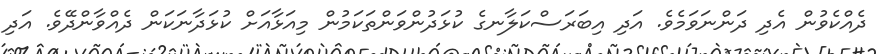
ދެއްކެވުން އެދި ދަންނަވަމެވެ. އަދި އިބަރަސްކަލާނގެ ކުޅަދުންވަންތަކަމުން މިއަޅާއަށް ކުޅަދާނަކަން ދެއްވާންދޭވެ. އަދި